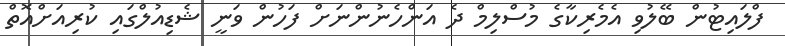
ފްލައިޓުން ބޭލުވި އެމެރިކާގެ މުސްލިމް ދެ އަންހެނުންނަށް ފަހުން ވަނީ ޝެޑިއުލްގައި ކުރިއަށްއޮތް